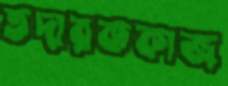
তদারককাজ